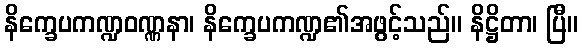
နိက္ခေပကဏ္ဍဝဏ္ဏနာ၊ နိက္ခေပကဏ္ဍ၏အဖွင့်သည်။ နိဋ္ဌိတာ၊ ပြီ။